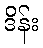
ဒိန်း